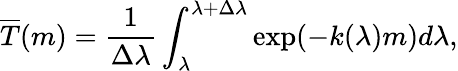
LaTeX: \overline{{T}}(m)=\frac{1}{\Delta\lambda}\int_{\lambda}^{\lambda+\Delta\lambda}\exp(-k(\lambda)m)d\lambda,